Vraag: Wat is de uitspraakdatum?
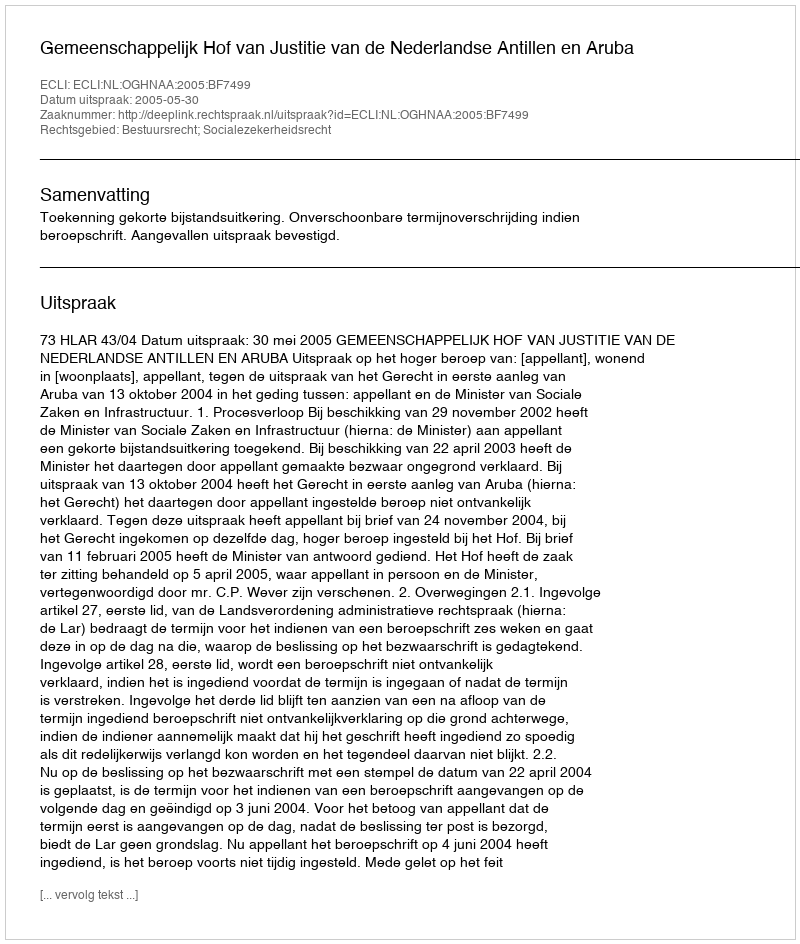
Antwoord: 2005-05-30